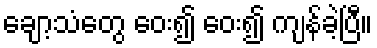
ချော့သံတွေ ဝေး၍ ဝေး၍ ကျန်ခဲ့ပြီ။